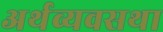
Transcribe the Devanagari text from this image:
अर्थव्यवसथा